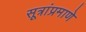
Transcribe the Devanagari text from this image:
सूत्रांप्रमाणे